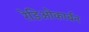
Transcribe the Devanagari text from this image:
रेडिओकार्बन